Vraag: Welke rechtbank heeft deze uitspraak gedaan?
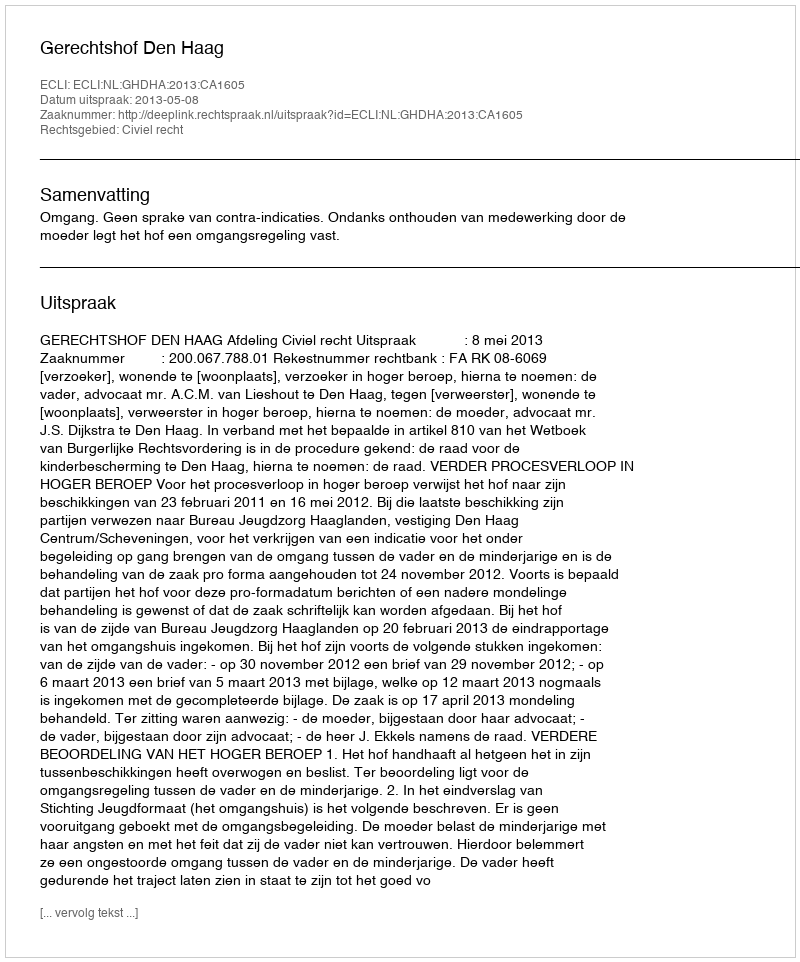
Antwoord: Gerechtshof Den Haag